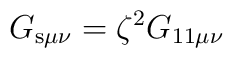
G_{{\rm s}\mu\nu} = \zeta^2 G_{{\rm 11}\mu\nu}